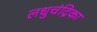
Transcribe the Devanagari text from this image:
लधुचंद्रिका